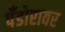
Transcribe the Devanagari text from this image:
पँडोरावर